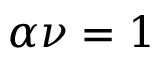
\alpha \nu = 1